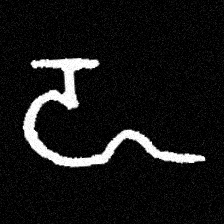
Pyu character \u2014 Myanmar letter: ဍ (romanized: dda)